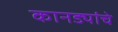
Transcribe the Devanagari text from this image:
कानड्यांचे